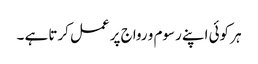
ہر کوئی اپنے رسوم و رواج پر عمل کرتا ہے ۔